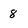
Character: 8